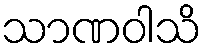
သာဏဝါသိ